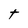
Character: t